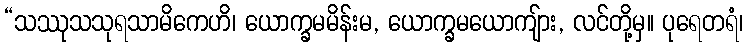
“သဿုသသုရသာမိကေဟိ၊ ယောက္ခမမိန်းမ, ယောက္ခမယောကျ်ား, လင်တို့မှ။ ပုရေတရံ၊